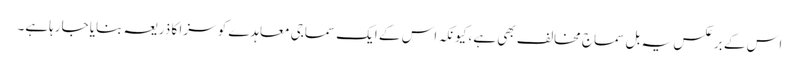
اس کے برعکس یہ بل سماج مخالف بھی ہے، کیونکہ اس کے ایک سماجی معاہدے کو سزا کا ذریعہ بنایا جارہاہے۔